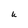
Character: u